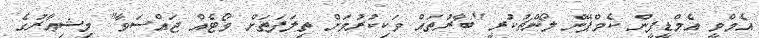
އެމްވީ އެމްޑީޕީން ކެމްޕޭން ލޯންޗުކުރީ "ބާރުތައް ވަކިކުރުމަށް ތިލަފަތަށް ވޯޓެއް ޖައްސަވާ" މިޝިޢާރުގެ